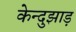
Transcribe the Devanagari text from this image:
केन्दुझाड़